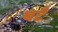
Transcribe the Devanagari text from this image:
बटँ